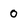
Character: 0